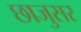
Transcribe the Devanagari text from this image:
छाजुसर